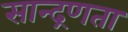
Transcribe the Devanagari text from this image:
सान्द्रणता